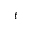
t